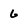
Character: 6